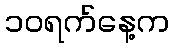
၁၀ရက်နေ့က